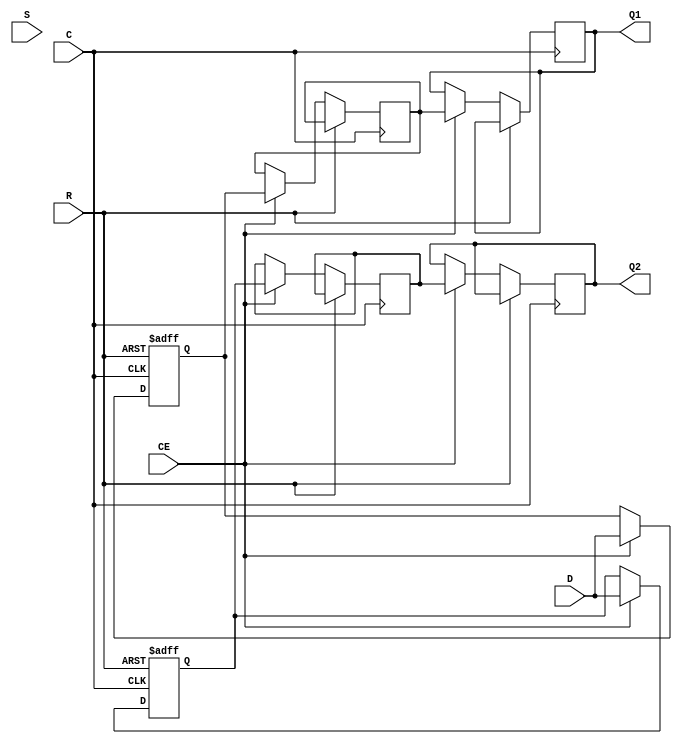
`ifdef verilator3
`else
`timescale 1 ps / 1 ps
`endif
//
// IDDR primitive for Xilinx FPGAs
// Compatible with Verilator tool (www.veripool.org)
// Copyright (c) 2019-2022 PanX
// License : BSD
//

module IDDR
  #(
     parameter       DDR_CLK_EDGE  = "SAME_EDGE_PIPELINED",
     parameter [0:0] INIT_Q1 = 1'b0,
     parameter [0:0] INIT_Q2 = 1'b0,
     parameter       SRTYPE = "ASYNC"
   )
   (
     input  C,
     input  CE,

     input  D,

     output Q1,
     output Q2,

     input  R, /* Active-High Reset */
     input  S  /* Active-High Set */
   );


  // the iddr core logic
  reg q1,q1_stage,q2,q2_stage;
  reg q1_s2,q2_s2;

  assign Q1 = q2_s2;
  assign Q2 = q1_s2;


  always @(negedge C or posedge R)
  begin
    if(R)
    begin
      q2 <= 1'b0;
    end
    else if(CE)
    begin
      q2 <= D;
      q2_stage <= q2;
      q1_stage <= q1;
    end
  end

  always @(posedge C or posedge R)
  begin
    if(R)
    begin
      q1 <= 1'b0;
    end
    else if(CE)
    begin
      q1 <= D;

      q1_s2 <= q1_stage;
      q2_s2 <= q2_stage;
    end
  end





endmodule